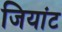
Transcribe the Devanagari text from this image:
जियांट